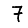
Digit: 7